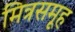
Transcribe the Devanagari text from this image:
मित्रसमूह